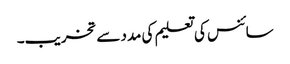
سائنس کی تعلیم کی مدد سے تخریب۔